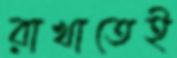
রাখাতেই